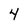
Character: 4